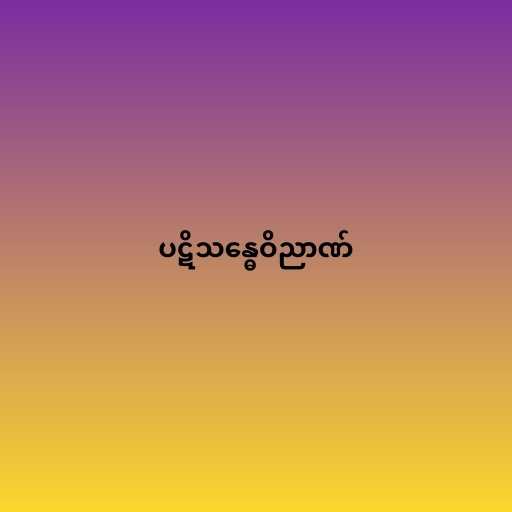
ပဋိသန္ဓေဝိညာဏ်